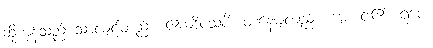
ဆိုကုန်သည် သာလျှင်တည်း။ ဧကဒိဝသံပိ၊ တနေ့မျှလည်း။ မေ၊ ငါ၏။ ရူပေ၊